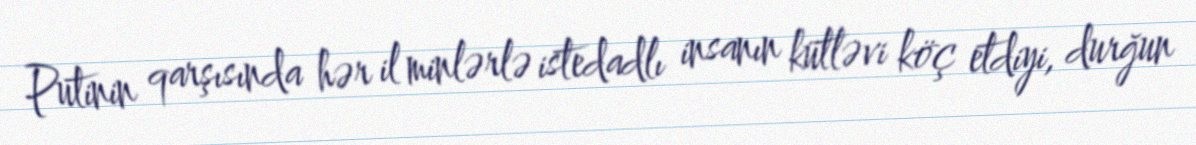
Putinin qarşısında hər il minlərlə istedadlı insanın kütləvi köç etdiyi, durğun